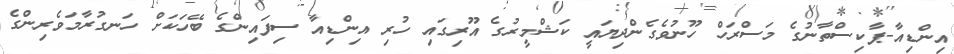
އިންޑިއާ-ޕާކިސްތާނުގެ މަސްރަހް ހޫނުވެގެންދިޔައީ ކަޝްމީރުގެ އޫރިގައި ހުރި އިންޑިއާ ސިފައިންގެ ބޭހަކަށް ހަނގުރާމަވެރިންގެ